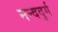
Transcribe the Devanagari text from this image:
नन्ददुर्ग